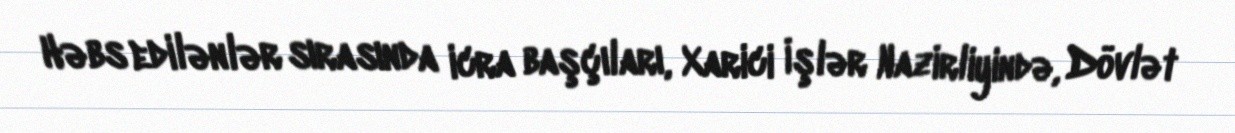
Həbs edilənlər sırasında icra başçıları, Xarici İşlər Nazirliyində, Dövlət